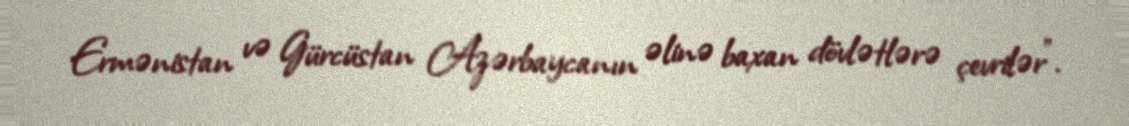
Ermənistan və Gürcüstan Azərbaycanın əlinə baxan dövlətlərə çevrilər”.